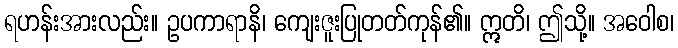
ရဟန်းအားလည်း။ ဥပကာရာနိ၊ ကျေးဇူးပြုတတ်ကုန်၏။ ဣတိ၊ ဤသို့။ အဝေါစ၊